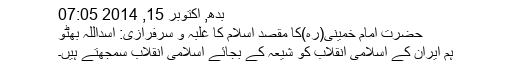
بدھ, اکتوبر 15, 2014 07:05
حضرت امام خمینی(رہ)کا مقصد اسلام کا غلبہ و سرفرازی: اسداللہ بهٹو
ہم ایران کے اسلامی انقلاب کو شیعہ کے بجائے اسلامی انقلاب سمجهتے ہیں۔